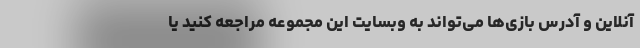
آنلاین و آدرس بازی‌ها می‌تواند به وبسایت این مجموعه مراجعه کنید یا